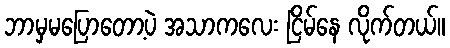
ဘာမှမပြောတော့ပဲ အသာကလေး ငြိမ်နေ လိုက်တယ်။